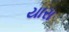
યારા